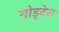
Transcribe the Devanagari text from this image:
गोड्देस